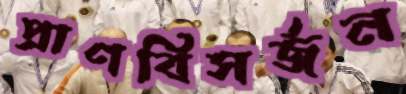
প্রাণবিসর্জন